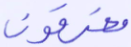
مغرقون